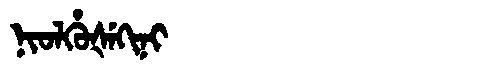
Manchu: ᠨᡳᠣᠯᡥᡠᡧᡝᡴᡳᠨᡳ
Romanization: NIOLHUŠEKINI